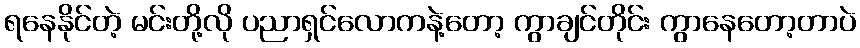
ရနေနိုင်တဲ့ မင်းတို့လို ပညာရှင်လောကနဲ့တော့ ကွာချင်တိုင်း ကွာနေတော့တာပဲ